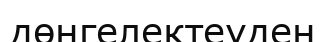
дөңгелектеуден